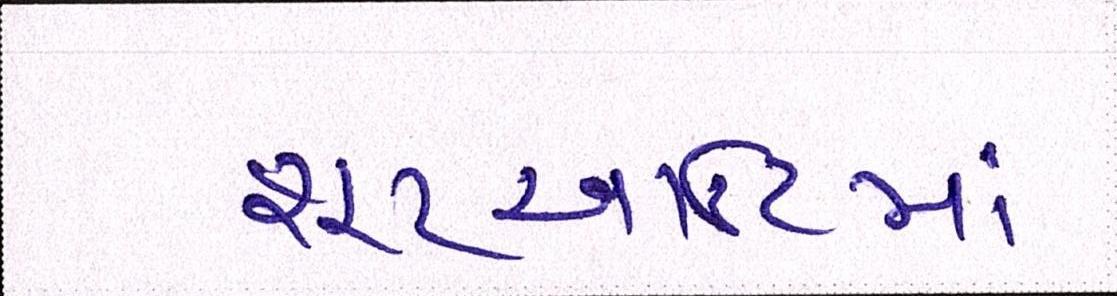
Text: શૂટઆઉટમાં